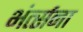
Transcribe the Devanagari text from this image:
भंर्त्सना